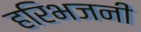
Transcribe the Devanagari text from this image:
हरिभजनी